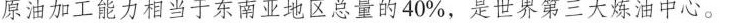
原油加工能力相当于东南亚地区总量的40%，是世界第三大炼油中心。